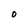
Character: 0